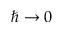
\hbar \rightarrow 0